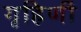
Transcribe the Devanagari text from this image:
गृहिणीं